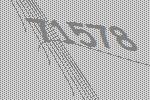
71578